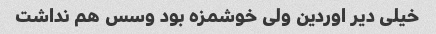
خیلی دیر اوردین ولی خوشمزه بود و‌سس هم نداشت